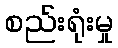
စည်းရုံးမှု